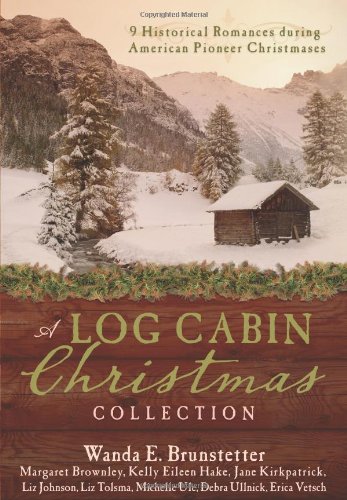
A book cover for A Log Cabin Christmas Collection; Margaret Brownley; Romance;